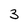
Character: 3